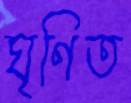
ঘৃণিত